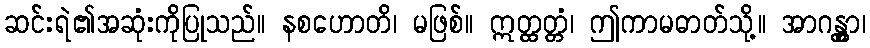
ဆင်းရဲ၏အဆုံးကိုပြုသည်။ နစဟောတိ၊ မဖြစ်။ ဣတ္ထတ္တံ၊ ဤကာမဓာတ်သို့။ အာဂန္တွာ၊